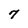
Character: 7